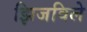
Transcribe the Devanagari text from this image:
झिजविले